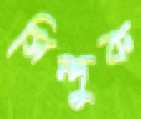
সিন্দুক